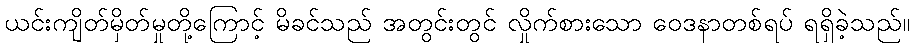
ယင်းကျိတ်မှိတ်မှုတို့ကြောင့် မိခင်သည် အတွင်းတွင် လှိုက်စားသော ဝေဒနာတစ်ရပ် ရရှိခဲ့သည်။